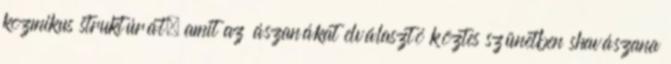
kozmikus struktúrát, amit az ászanákat elválasztó köztes szünetben shavászana